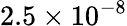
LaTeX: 2.5\times 10^{-8}